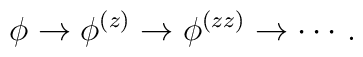
\phi\rightarrow \phi^{(z)}\rightarrow \phi^{(zz)}\rightarrow \cdots\,.